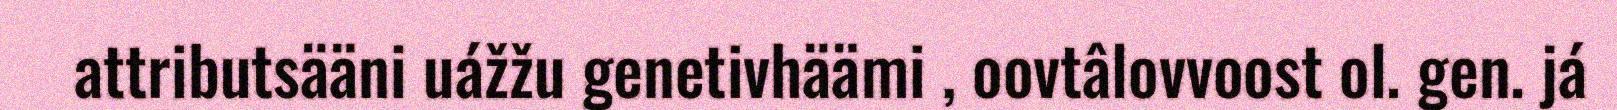
attributsääni uážžu genetivhäämi , oovtâlovvoost ol. gen. já